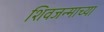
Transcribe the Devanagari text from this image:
शिवजन्माच्या